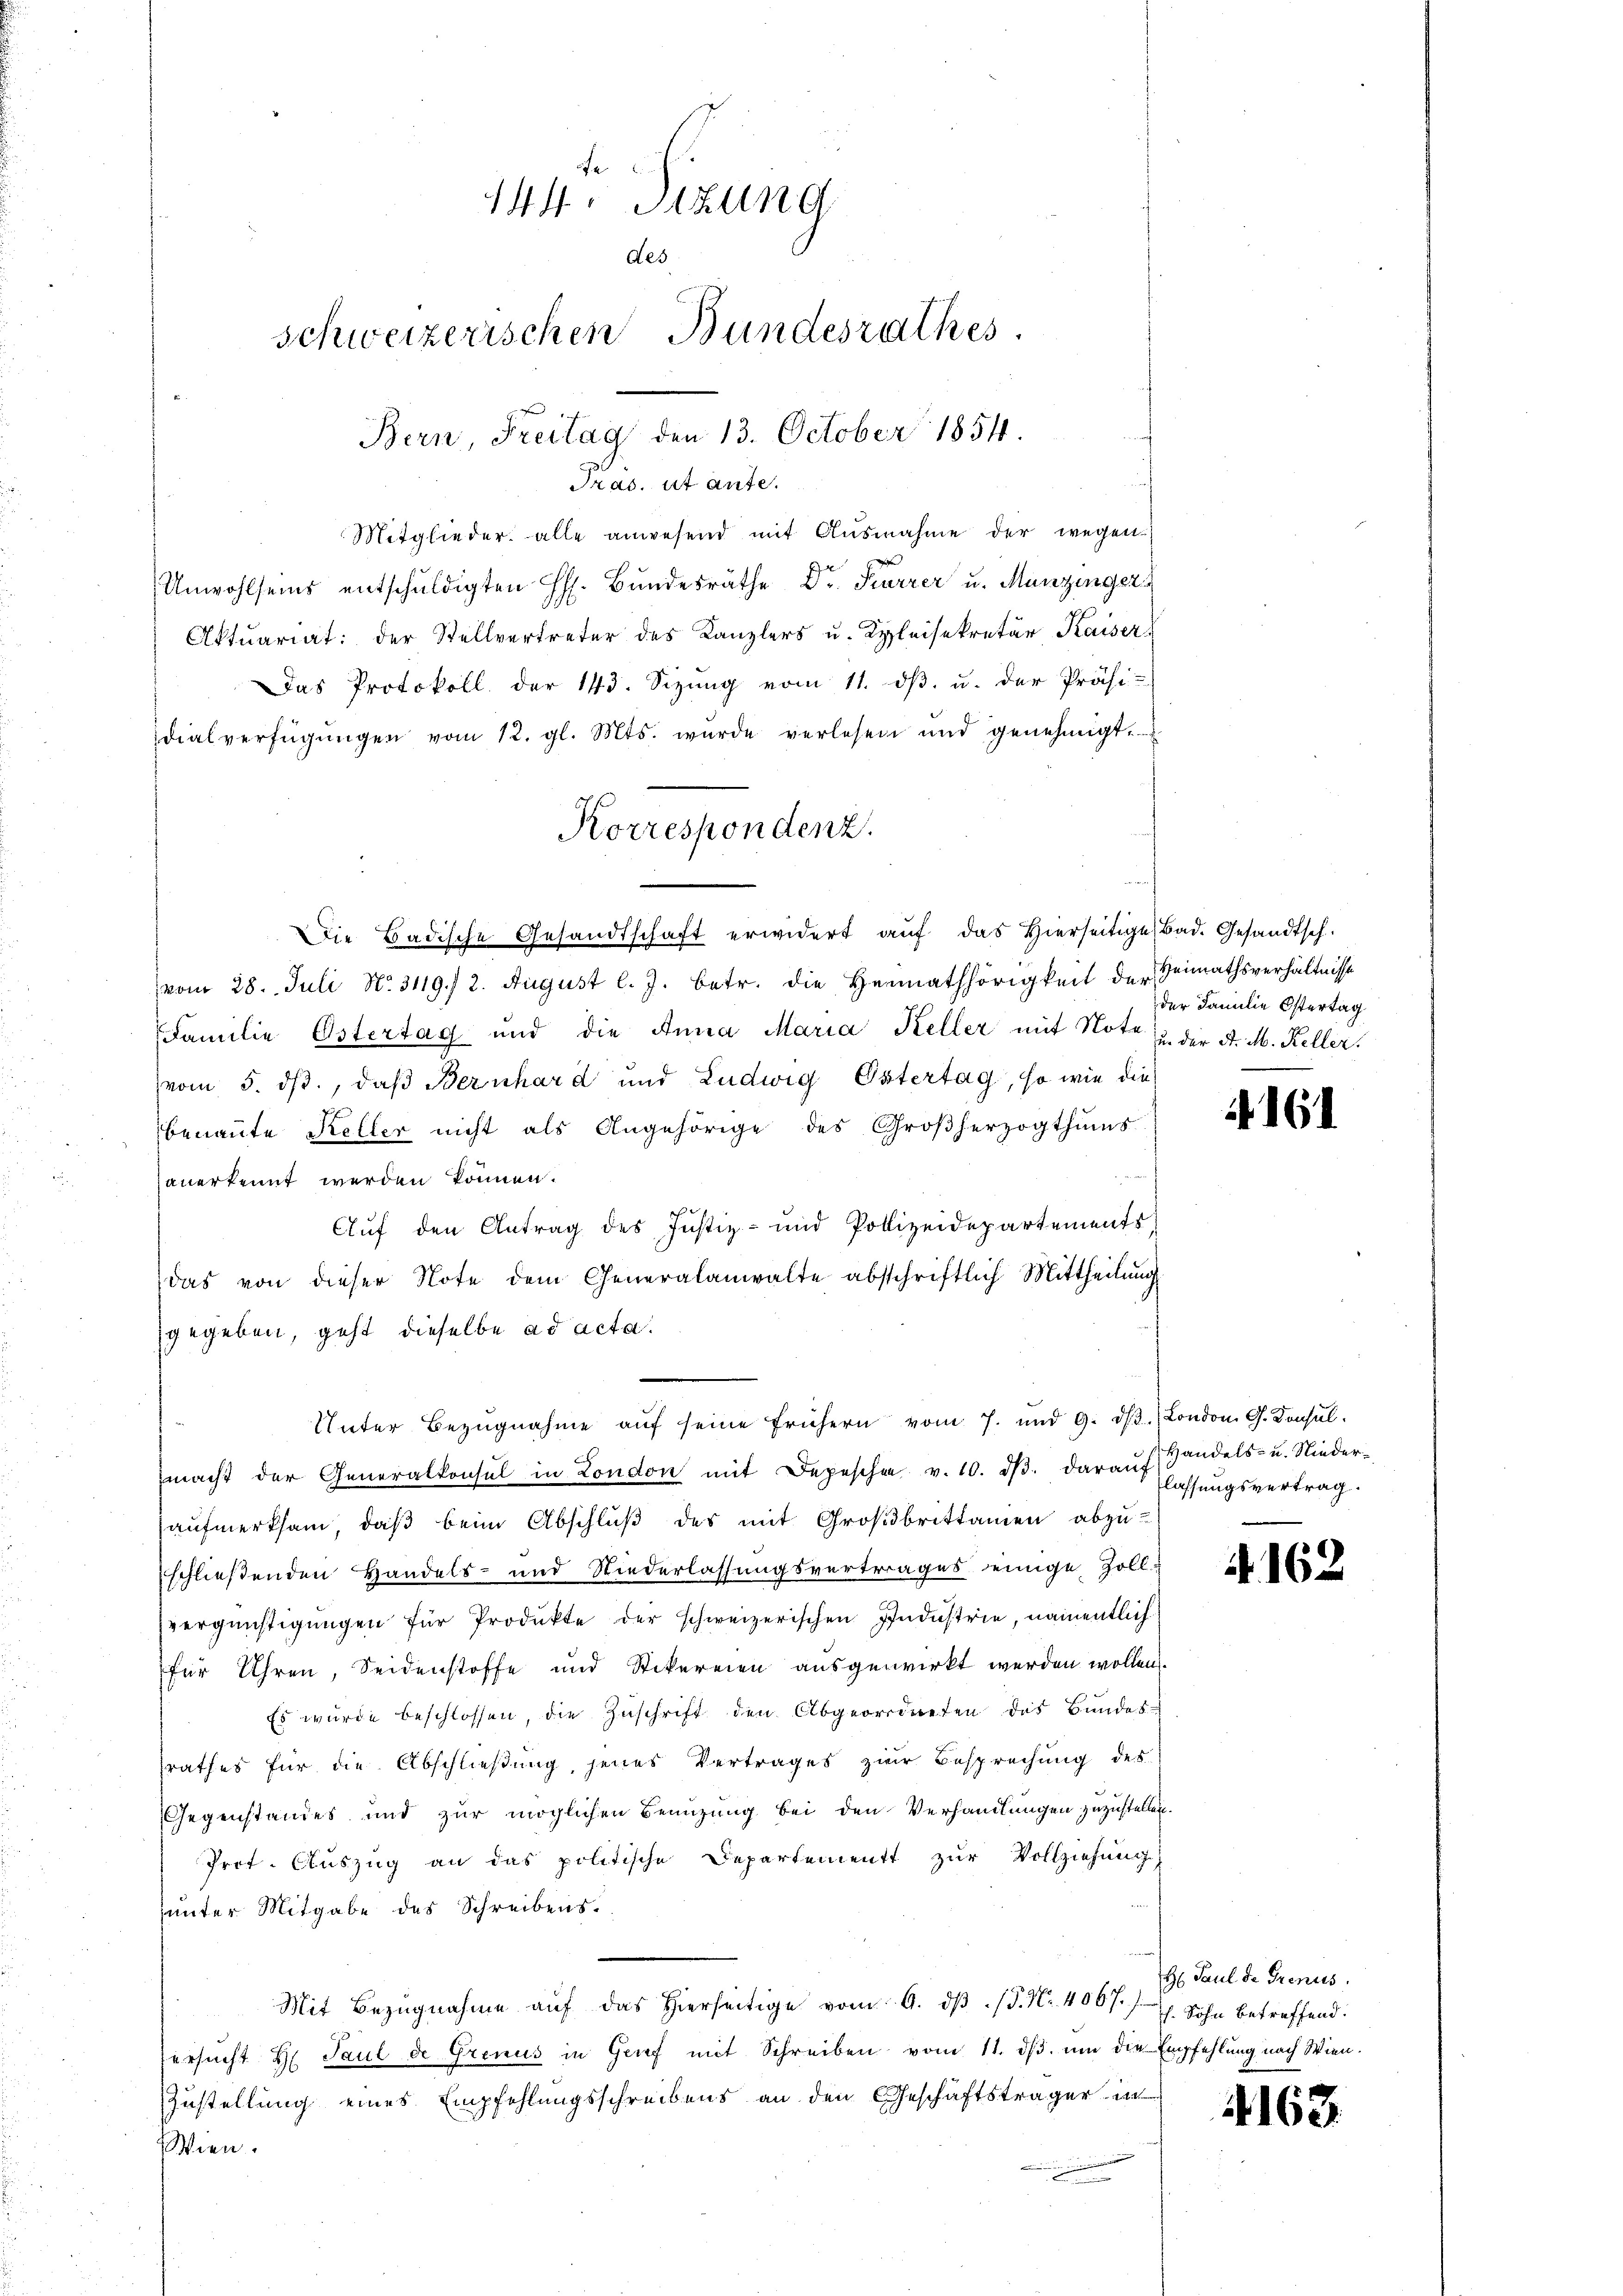
Pras. et ante.
Mitglieder alle anwesend mit Ausnahme der wegen
Unwohlseins entschuldigten H. Bundesräthe Dr. Karrer u. Munzinger
Aktuariat der Stellvertreter des Kanzlers u. Kleisekretär Kaiser
Das Protokoll der 143. Sizung vom 11. dβ. u. der Präsi-
dialverfügŭngen vom 12. gl. Mts. wurde verlesen und genehmigt.
Korrespondenz.

Die Badische Gesandtschaft erwidert auf das Hierseitige Bad. Gesandtsch.
vom 28. Juli No. 3119. 2. August l. J. betr. die Heimathörigkeit der Heimathsverhältnisse
Familie Ostertag und die Anna Maria Keller mit Note u. der A. M. Keller.
vom 5. ds., daß Bernhard und Ludwig Östertag, so wie die
benannte Keller nicht als Angehörige des Großherzogthums
sanerkennt werden können.
Auf den Antrag des Justiz- und Pollizeidepartements
das von dieser Note dem Generalanwalte abschriftlich Mittheilung
gegeben, geht dieselbe ad acta.
macht der Generalkonsul in London mit Depeschen v. 10. dβ. darauf lassŭngsvertrag
aufmerksam, daß beim Abschluß des mit Großbrittamen abzu-
schließenden Handels- und Niederlassungsvertrages einige Zollvergünstigungen für Produkte der schweizerischen Industrie, namentlich
für Uhren, Seidenstoffe und Stikereien ausgewirkt werden wollen.
Es wurde beschlossen, die Zŭschrift den Abgeordneten das Bundes-
srathes für die Abschließung jenes Vertrages zur Besprechung des
Gegenstandes und zur möglichen Benuzung bei den Verhandlungen zuzustellen.
Prot. Aŭszŭg an das politische Departement zŭr Vollziehŭng
unter Mitgabe des Schreibens¬
Mit Bezugnahme auf das hierseitige vom 9. dβ. P. Nr. 4067). Sohn betreffend:
ersucht H. Paul de Grenus in Genf mit Schreiben vom 11. ds. um die Empfehlung nach Wien.
Zustellung eines Empfehlungsschreibens an den Geschäftsträger in
Wien.
n

fe
144. Sizung
des
schweizerischen Bundesrathes.
Bern, Freitag den 13. October 1854.

Unter Bezŭgnahme aŭf seine frühern vom 7. und 9. dβ. London G. Konsŭl.

der Familie Östertag

161

Handels- u. Nieder¬

4. 162

H. Paul de Grenus.

4163